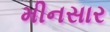
મીનસાર